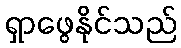
ရှာဖွေနိုင်သည်